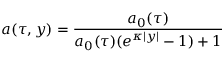
a ( \tau , y ) = \frac { a _ { 0 } ( \tau ) } { a _ { 0 } ( \tau ) ( e ^ { \kappa | y | } - 1 ) + 1 }